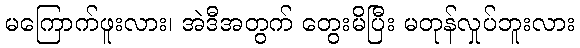
မကြောက်ဖူးလား၊ အဲဒီအတွက် တွေးမိပြီး မတုန်လှုပ်ဘူးလား